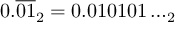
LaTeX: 0 . { \overline { { 0 1 } } } _ { 2 } = 0 . 0 1 0 1 0 1 \dots _ { 2 }